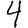
Digit: 4